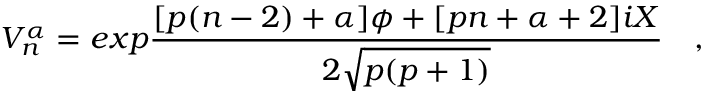
V _ { n } ^ { \alpha } = e x p { \frac { [ p ( n - 2 ) + \alpha ] \phi + [ p n + \alpha + 2 ] i X } { 2 \sqrt { p ( p + 1 ) } } } \quad ,